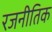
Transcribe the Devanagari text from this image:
रजनीतिक